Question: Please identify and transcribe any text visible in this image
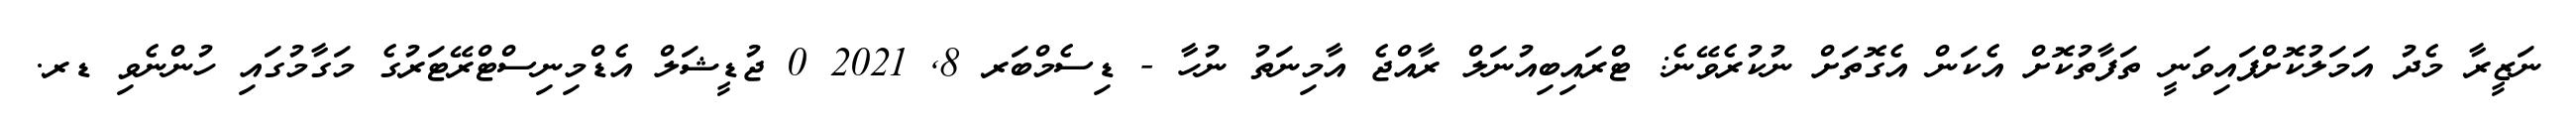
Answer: ނަޒީރާ މެދު އަމަލުކޮށްފައިވަނީ ތަފާތުކޮށް އެކަން އެގޮތަށް ނުކުރެވޭނެ: ޓްރައިބިއުނަލް ރާއްޖެ އާމިނަތު ނުހާ - ޑިސެމްބަރ 8, 2021 0 ޖުޑީޝަލް އެޑްމިނިސްޓްރޭޓަރުގެ މަގާމުގައި ހުންނެވި ޑރ.